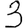
Digit: 3